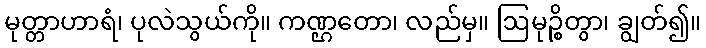
မုတ္တာဟာရံ၊ ပုလဲသွယ်ကို။ ကဏ္ဌတော၊ လည်မှ။ ဩမုဉ္စိတွာ၊ ချွတ်၍။